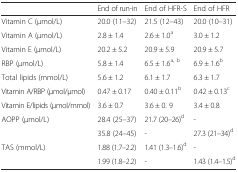
<table><thead><tr><td></td><td><b>End of run-in</b></td><td><b>End of HFR-S</b></td><td><b>End of HFR</b></td></tr></thead><tbody><tr><td>Vitamin C (μmol/L)</td><td>20.0 (11–32)</td><td>21.5 (12–43)</td><td>20.0 (10–31)</td></tr><tr><td>Vitamin A (μmol/L)</td><td>2.8 ± 1.4</td><td>2.6 ± 1.0<sup>a</sup></td><td>3.0 ± 1.2</td></tr><tr><td>Vitamin E (μmol/L)</td><td>20.2 ± 5.2</td><td>20.9 ± 5.9</td><td>20.9 ± 5.7</td></tr><tr><td>RBP (μmol/L)</td><td>5.8 ± 1.4</td><td>6.5 ± 1.6<sup>a, b</sup></td><td>6.9 ± 1.6<sup>b</sup></td></tr><tr><td>Total lipids (mmol/L)</td><td>5.6 ± 1.2</td><td>6.1 ± 1.7</td><td>6.3 ± 1.7</td></tr><tr><td>Vitamin A/RBP (μmol/μmol)</td><td>0.47 ± 0.17</td><td>0.40 ± 0.11<sup>b</sup></td><td>0.42 ± 0.13<sup>c</sup></td></tr><tr><td>Vitamin E/lipids (μmol/mmol)</td><td>3.6 ± 0.7</td><td>3.6 ± 0. 9</td><td>3.4 ± 0.8</td></tr><tr><td rowspan="2">AOPP (μmol/L)</td><td>28.4 (25–37)</td><td>21.7 (20–26)<sup>d</sup></td><td>-</td></tr><tr><td>35.8 (24–45)</td><td>-</td><td>27.3 (21–34)<sup>d</sup></td></tr><tr><td rowspan="2">TAS (mmol/L)</td><td>1.88 (1.7–2.2)</td><td>1.41 (1.3–1.6)<sup>d</sup></td><td>-</td></tr><tr><td>1.99 (1.8–2.2)</td><td>-</td><td>1.43 (1.4–1.5)<sup>d</sup></td></tr></tbody></table>